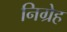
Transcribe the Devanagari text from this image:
निग्रेह